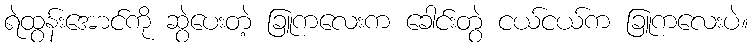
ရဲထွန်းအောင်ကို ဆွဲပေးတဲ့ ခြူကလေးက ခေါင်းတွဲ ငယ်ငယ်က ခြူကလေးပဲ။